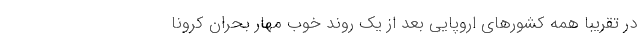
در تقریبا همه کشورهای اروپایی بعد از یک روند خوب مهار بحران کرونا